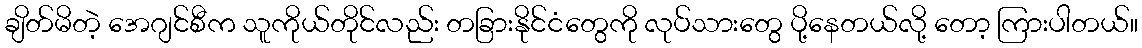
ချိတ်မိတဲ့ အေဂျင်စီက သူကိုယ်တိုင်လည်း တခြားနိုင်ငံတွေကို လုပ်သားတွေ ပို့နေတယ်လို့ တော့ ကြားပါတယ်။